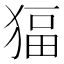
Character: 𱮊